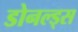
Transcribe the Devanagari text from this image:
डोनल्ड्स